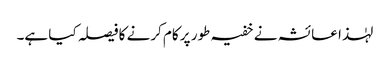
لہٰذا عائشہ نے خفیہ طور پر کام کرنے کا فیصلہ کیا ہے۔